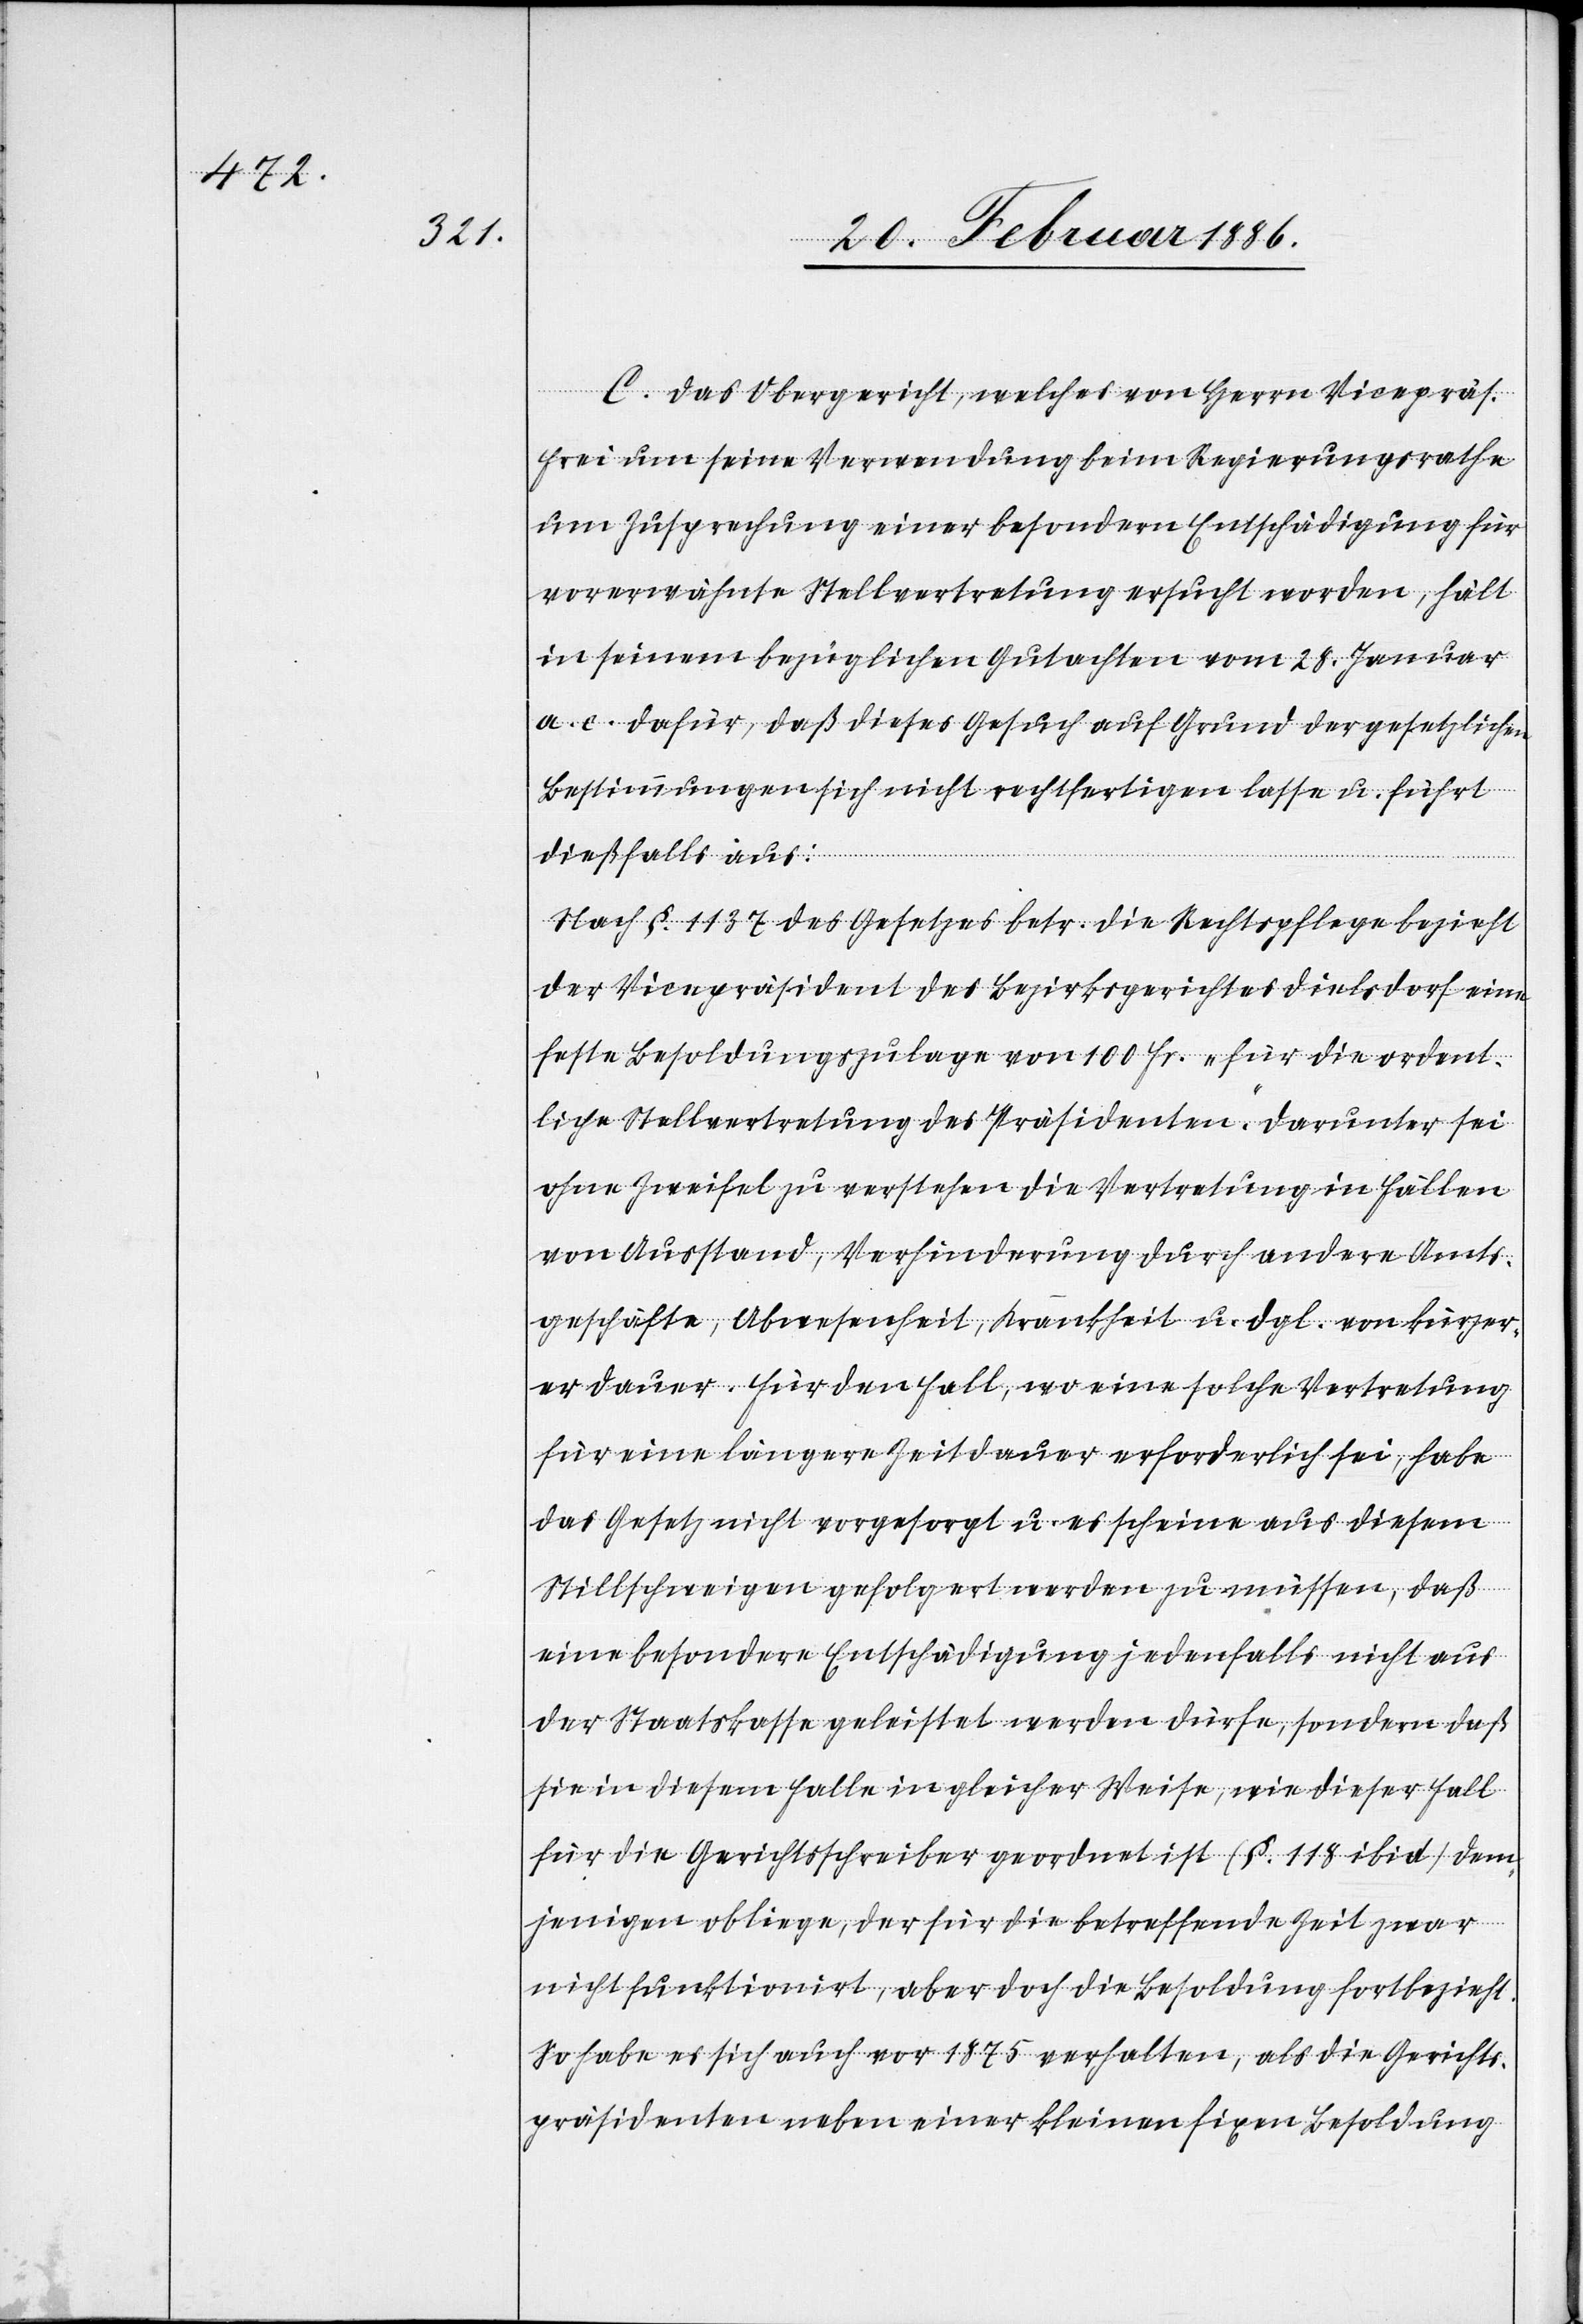
C. Das Obergericht, welches von Herrn Vicepräs.
Frei um seine Verwendung beim Regierungsrathe
um Zusprechung einer besondern Entschädigung für
vorerwähnte Stellvertretung ersucht worden, hält
in seinem bezüglichen Gutachten vom 28. Januar
a. c. dafür, daß dieses Gesuch auf Grund der gesetzlichen
Bestimmungen sich nicht rechtfertigen lasse u. führt
dießfalls aus:
Nach §. 1137 des Gesetzes betr. die Rechtspflege bezieht
der Vicepräsident des Bezirksgerichtes Dielsdorf eine
feste Besoldungszulage von 100 Fr. „für die ordent¬
liche Stellvertretung des Präsidenten“. Darunter sei
ohne Zweifel zu verstehen die Vertretung in Fällen
von Ausstand, Verhinderung durch andere Amts¬
geschäfte, Abwesenheit, Krankheit u. dgl. von kürzer¬
er Dauer. Für den Fall, wo eine solche Vertretung
für eine längere Zeitdauer erforderlich sei, habe
das Gesetz nicht vorgesorgt u. es scheine aus diesem
Stillschweigen gefolgert werden zu müssen, daß
eine besondere Entschädigung jedenfalls nicht aus
der Staatskasse geleistet werden dürfe, sondern daß
sie in diesem Falle in gleicher Weise, wie dieser Fall
für die Gerichtsschreiber geordnet ist (§. 118 ibid.) dem¬
jenigen obliege, der für die betreffende Zeit zwar
nicht funktionirt, aber doch die Besoldung fortbezieht.
So habe es sich auch vor 1875 verhalten, als die Gerichts¬
präsidenten neben einer kleinen fixen Besoldung